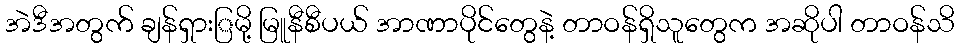
အဲဒီအတွက် ချန်ရှားြမို့ မြူနီစီပယ် အာဏာပိုင်တွေနဲ့ တာဝန်ရှိသူတွေက အဆိုပါ တာဝန်သိ